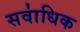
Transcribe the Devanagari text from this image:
सवा॑धिक